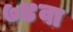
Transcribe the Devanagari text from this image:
७४वा